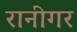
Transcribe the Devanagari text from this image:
रानीगर